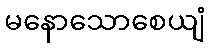
မနောသောစေယျံ